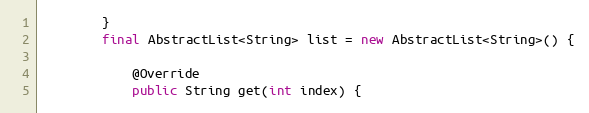
Language: Java
        }
        final AbstractList<String> list = new AbstractList<String>() {

            @Override
            public String get(int index) {